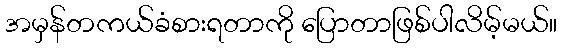
အမှန်တကယ်ခံစားရတာကို ပြောတာဖြစ်ပါလိမ့်မယ်။